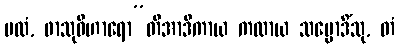
ဗလံ, ဖာသုဝိဟာရော”တိအာဒိကာယ ကထာယ သမ္မောဒိံသု, တံ